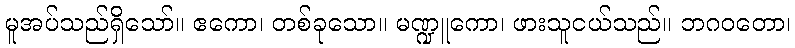
မူအပ်သည်ရှိသော်။ ဧကော၊ တစ်ခုသော။ မဏ္ဍူကော၊ ဖားသူငယ်သည်။ ဘဂဝတော၊